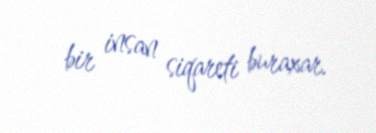
bir insan siqareti buraxar.